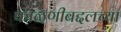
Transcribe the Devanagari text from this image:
फाळणीबद्दलच्या